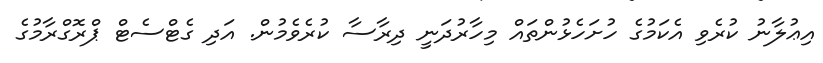
އިޢުލާނު ކުރެވި އެކަމުގެ ހުށަހެޅުންތައް މިހާރުދަނީ ދިރާސާ ކުރެވެމުން. އަދި ގެޓްސެޓް ޕްރޮގްރާމުގެ